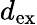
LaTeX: d_{\mathrm{ex}}